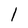
Character: 1